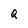
Character: Q